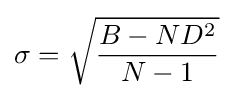
\sigma ={\sqrt {\frac {B-ND^{2}}{N-1}}}